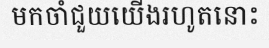
មកចាំជួយយើងរហូតនោះ